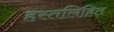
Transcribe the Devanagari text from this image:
हस्तलिहित